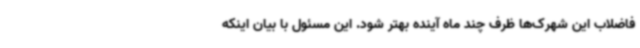
فاضلاب این شهرک‌ها ظرف چند ماه آینده بهتر شود. این مسئول با بیان اینکه